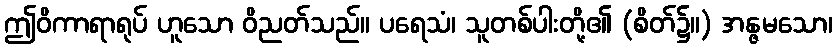
ဤဝိကာရာရုပ် ဟူသော ဝိညတ်သည်။ ပရေသံ၊ သူတစ်ပါးတို့၏ (စိတ်၌။) အန္ဇမသော၊